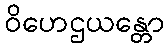
ဝိဟေဌယန္တော